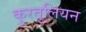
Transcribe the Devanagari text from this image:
कुरतुलियन